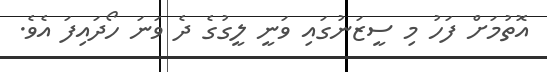
އޮތުމަށް ފަހު މި ސީޒަނުގައި ވަނީ ލީގުގެ ދެ ވަނަ ހޯދައިފަ އެވެ.